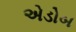
એડોબ